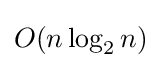
O(n\log _{2}n)